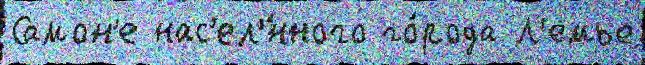
Самон'е нас'ел'́нного го́рода Л'емье